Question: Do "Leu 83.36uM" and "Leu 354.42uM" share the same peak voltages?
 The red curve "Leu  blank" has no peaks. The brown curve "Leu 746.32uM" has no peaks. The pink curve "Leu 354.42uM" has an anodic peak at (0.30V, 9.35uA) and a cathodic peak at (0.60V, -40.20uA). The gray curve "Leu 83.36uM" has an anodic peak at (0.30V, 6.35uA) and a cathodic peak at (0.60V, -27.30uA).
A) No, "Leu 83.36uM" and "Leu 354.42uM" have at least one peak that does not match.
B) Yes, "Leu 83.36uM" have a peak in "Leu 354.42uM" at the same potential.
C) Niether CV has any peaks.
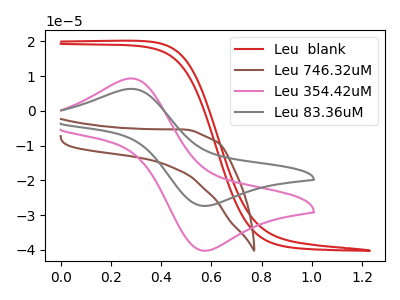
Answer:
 <answer>B) Yes, "Leu 83.36uM" have a peak in "Leu 354.42uM" at the same potential.</answer>
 <eval>B</eval>